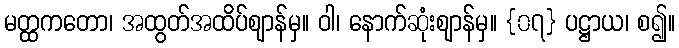
မတ္ထကတော၊ အထွတ်အထိပ်ဈာန်မှ။ ဝါ၊ နောက်ဆုံးဈာန်မှ။ {၀၇} ပဋ္ဌာယ၊ စ၍။